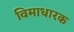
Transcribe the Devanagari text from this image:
विमाधारक